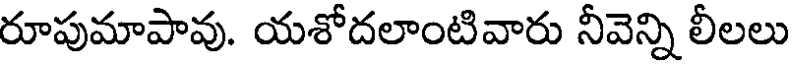
రూపుమాపావు. యశోదలాంటివారు నీవెన్ని లీలలు